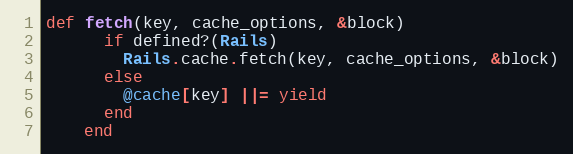
Language: Ruby
def fetch(key, cache_options, &block)
      if defined?(Rails)
        Rails.cache.fetch(key, cache_options, &block)
      else
        @cache[key] ||= yield
      end
    end